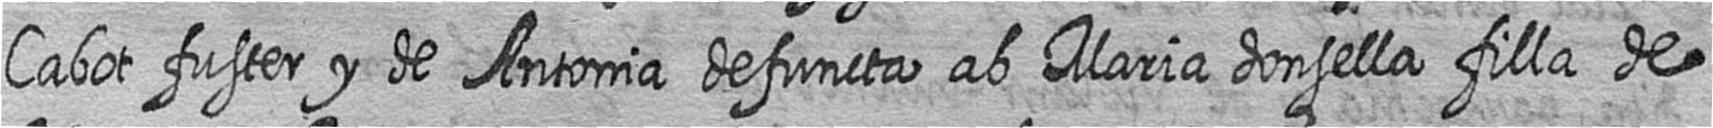
Cabot fuster y de Antonia defuncta ab Maria donsella filla de